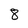
Character: 8